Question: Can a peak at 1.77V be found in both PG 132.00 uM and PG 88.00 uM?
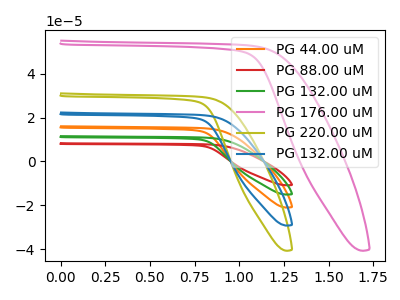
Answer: <think>The orange curve "PG 44.00 uM" has no peaks. The red curve "PG 88.00 uM" has no peaks. The green curve "PG 132.00 uM" has no peaks. The pink curve "PG 176.00 uM" has no peaks. The olive curve "PG 220.00 uM" has no peaks. The blue curve "PG 132.00 uM" has no peaks.</think>
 <answer>No, "PG 132.00 uM" and "PG 88.00 uM" dont share a peak at 1.77V.</answer>
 <eval>mismatch</eval>